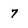
Character: 7